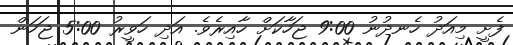
ފެށީ މިއަދު ހެނދުނު 9:00 ޖަހާކަށް ހާއިރެވެ. އަދި ހަވީރު 5:00 ޖަހަން